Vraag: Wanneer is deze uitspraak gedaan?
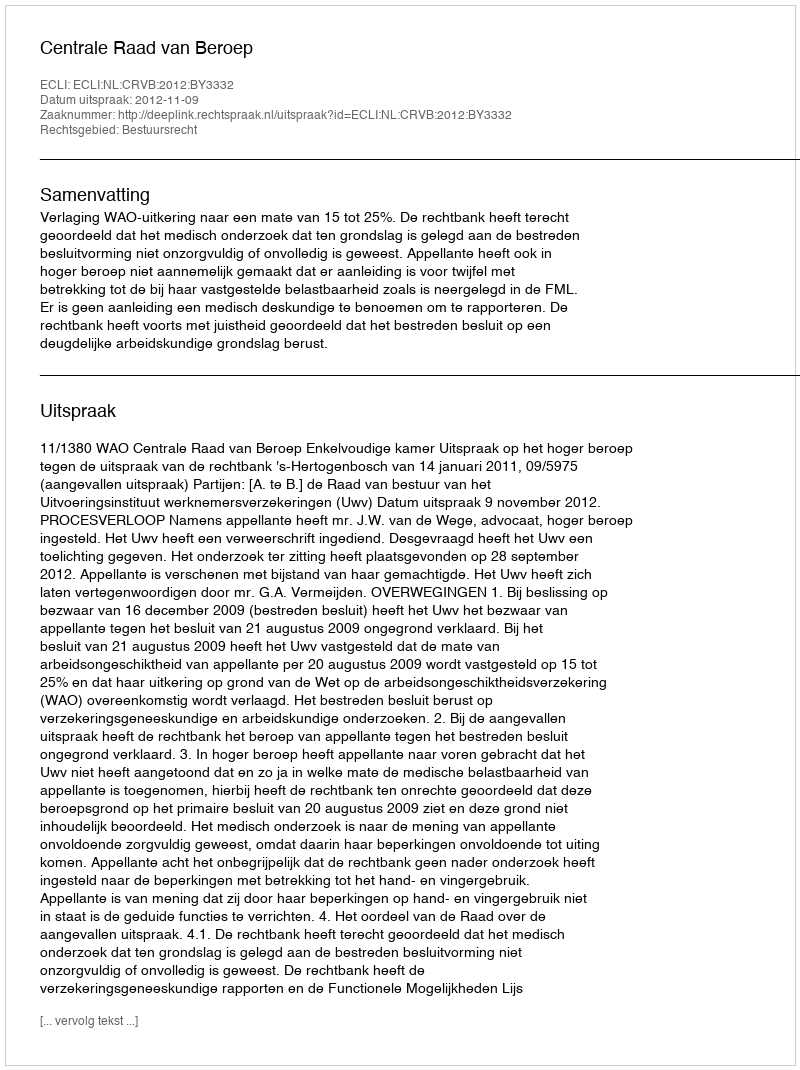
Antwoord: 2012-11-09